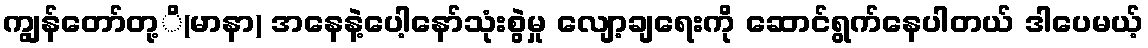
ကျွန်တော်တု့ိ(မာနာ) အနေနဲ့ပေါ့နော်သုံးစွဲမှု လျော့ချရေးကို ဆောင်ရွက်နေပါတယ် ဒါပေမယ့်